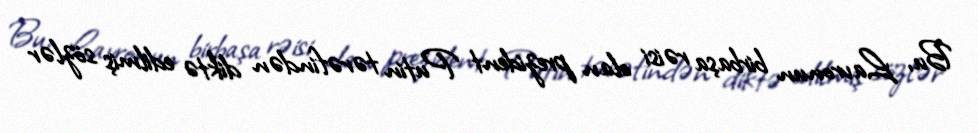
Bu, Lavronun birbaşa rəisi olan prezident Putin tərəfindən diktə edilmiş sözlər